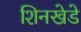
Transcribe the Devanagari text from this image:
शिनखेडे